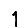
Digit: 1